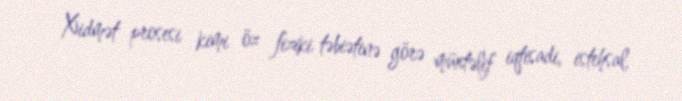
Xidmət prosesi kimi öz fiziki təbiətinə görə müxtəlif iqtisadi, istehsal,